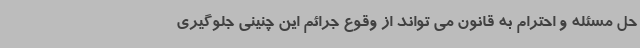
حل مسئله و احترام به قانون می تواند از وقوع جرائم این چنینی جلوگیری